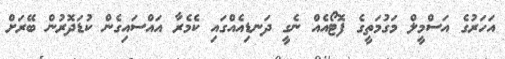
އަހަރުގެ އަސްމީލް މަގުމަތީގެ ފޮޓޯއެއް ނެގީ ދަނޑިއެއްގައި ކެމެރާ އައްސައިގެން ކުޑަދޮރުން ބޭރަށް